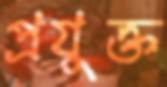
প্রযুক্ত